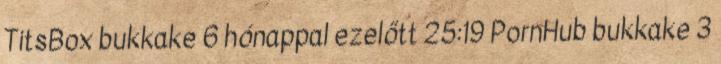
TitsBox bukkake 6 hónappal ezelőtt 25:19 PornHub bukkake 3